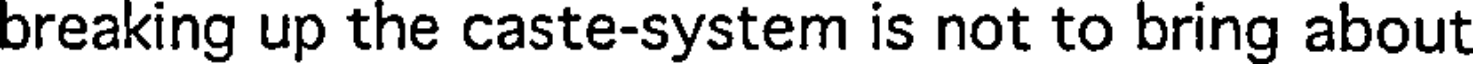
breaking up the caste-system is not to bring about